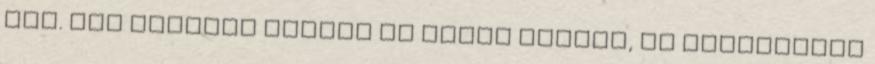
kap. Bár javában zajlik az iraki háború, és alapvetően